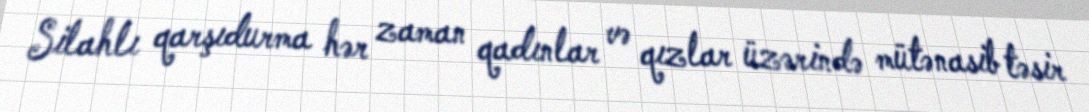
Silahlı qarşıdurma hər zaman qadınlar və qızlar üzərində mütənasib təsir